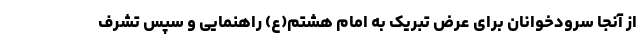
از آنجا سرودخوانان برای عرض تبریک به امام هشتم(ع) راهنمایی و سپس تشرف